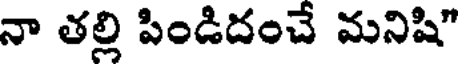
నా తల్లి పిండిదంచే మనిషి"